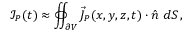
\mathcal I _ { P } ( t ) \approx \oiint _ { \partial V } \vec { J } _ { P } ( x , y , z , t ) \cdot \hat { n } \ d S \, ,